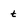
Character: t